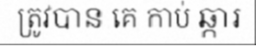
ត្រូវបាន គេ កាប់ ឆ្ការ